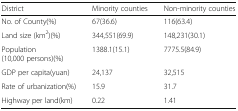
<table><thead><tr><td><b>District</b></td><td><b>Minority counties</b></td><td><b>Non-minority counties</b></td></tr></thead><tbody><tr><td>No. of County(%)</td><td>67(36.6)</td><td>116(63.4)</td></tr><tr><td>Land size (km<sup>2</sup>)(%)</td><td>344,551(69.9)</td><td>148,231(30.1)</td></tr><tr><td>Population (10,000 persons)(%)</td><td>1388.1(15.1)</td><td>7775.5(84.9)</td></tr><tr><td>GDP per capita(yuan)</td><td>24,137</td><td>32,515</td></tr><tr><td>Rate of urbanization(%)</td><td>15.9</td><td>31.7</td></tr><tr><td>Highway per land(km)</td><td>0.22</td><td>1.41</td></tr></tbody></table>